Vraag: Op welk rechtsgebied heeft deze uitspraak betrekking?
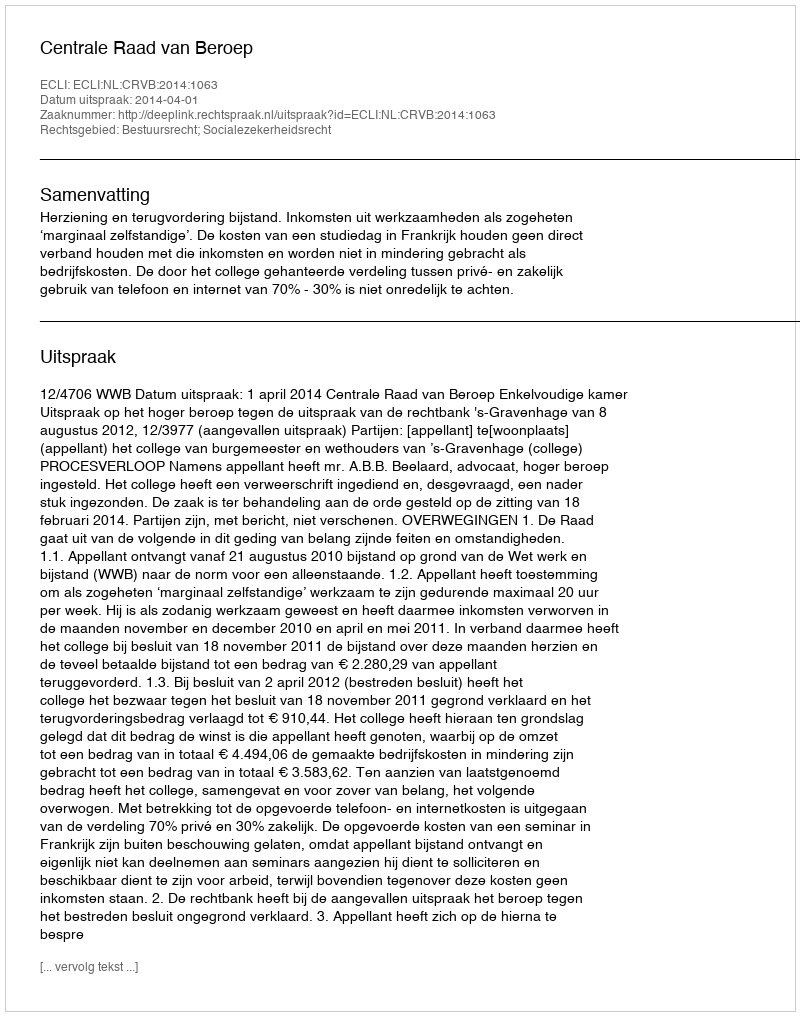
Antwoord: Bestuursrecht; Socialezekerheidsrecht